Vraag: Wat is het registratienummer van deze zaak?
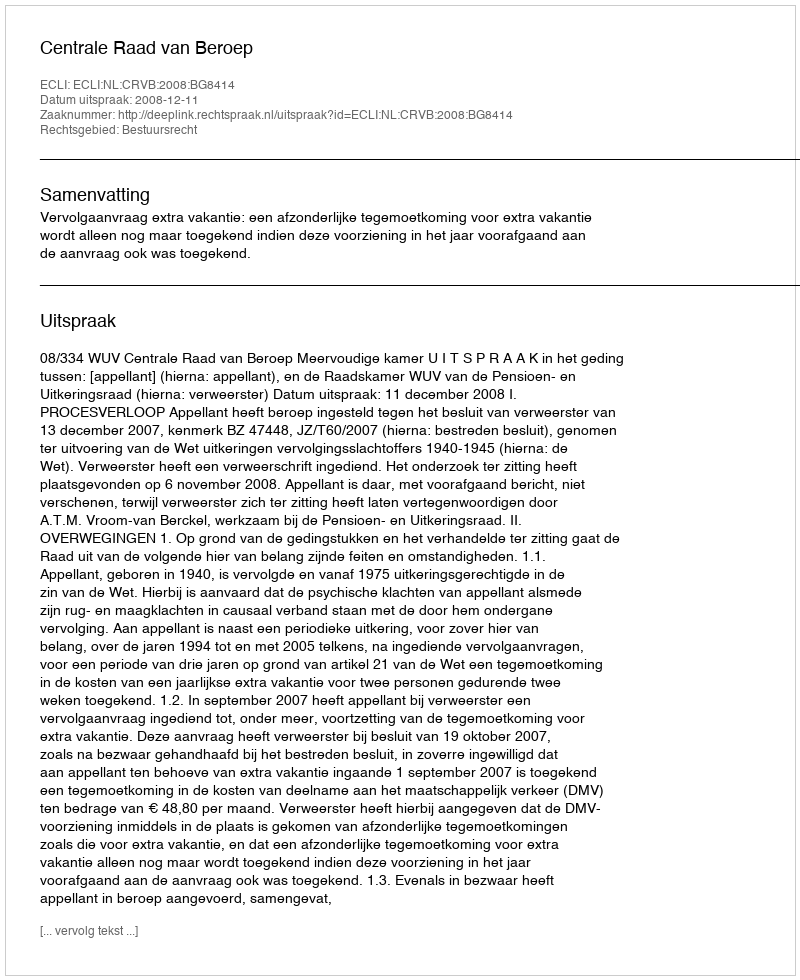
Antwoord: http://deeplink.rechtspraak.nl/uitspraak?id=ECLI:NL:CRVB:2008:BG8414